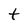
Character: t